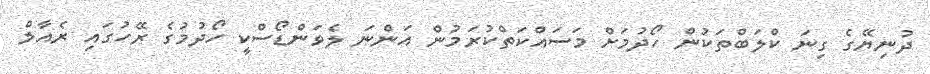
ދުނިޔޭގެ ގިނަ ކްލަބްތަކުން ހޯދުމަށް މަސައްކަތްކުރަމުން އަންނަ ލެވަންޑޯސްކީ ހޯދުމުގެ ރޭހުގައި ރެއާލް